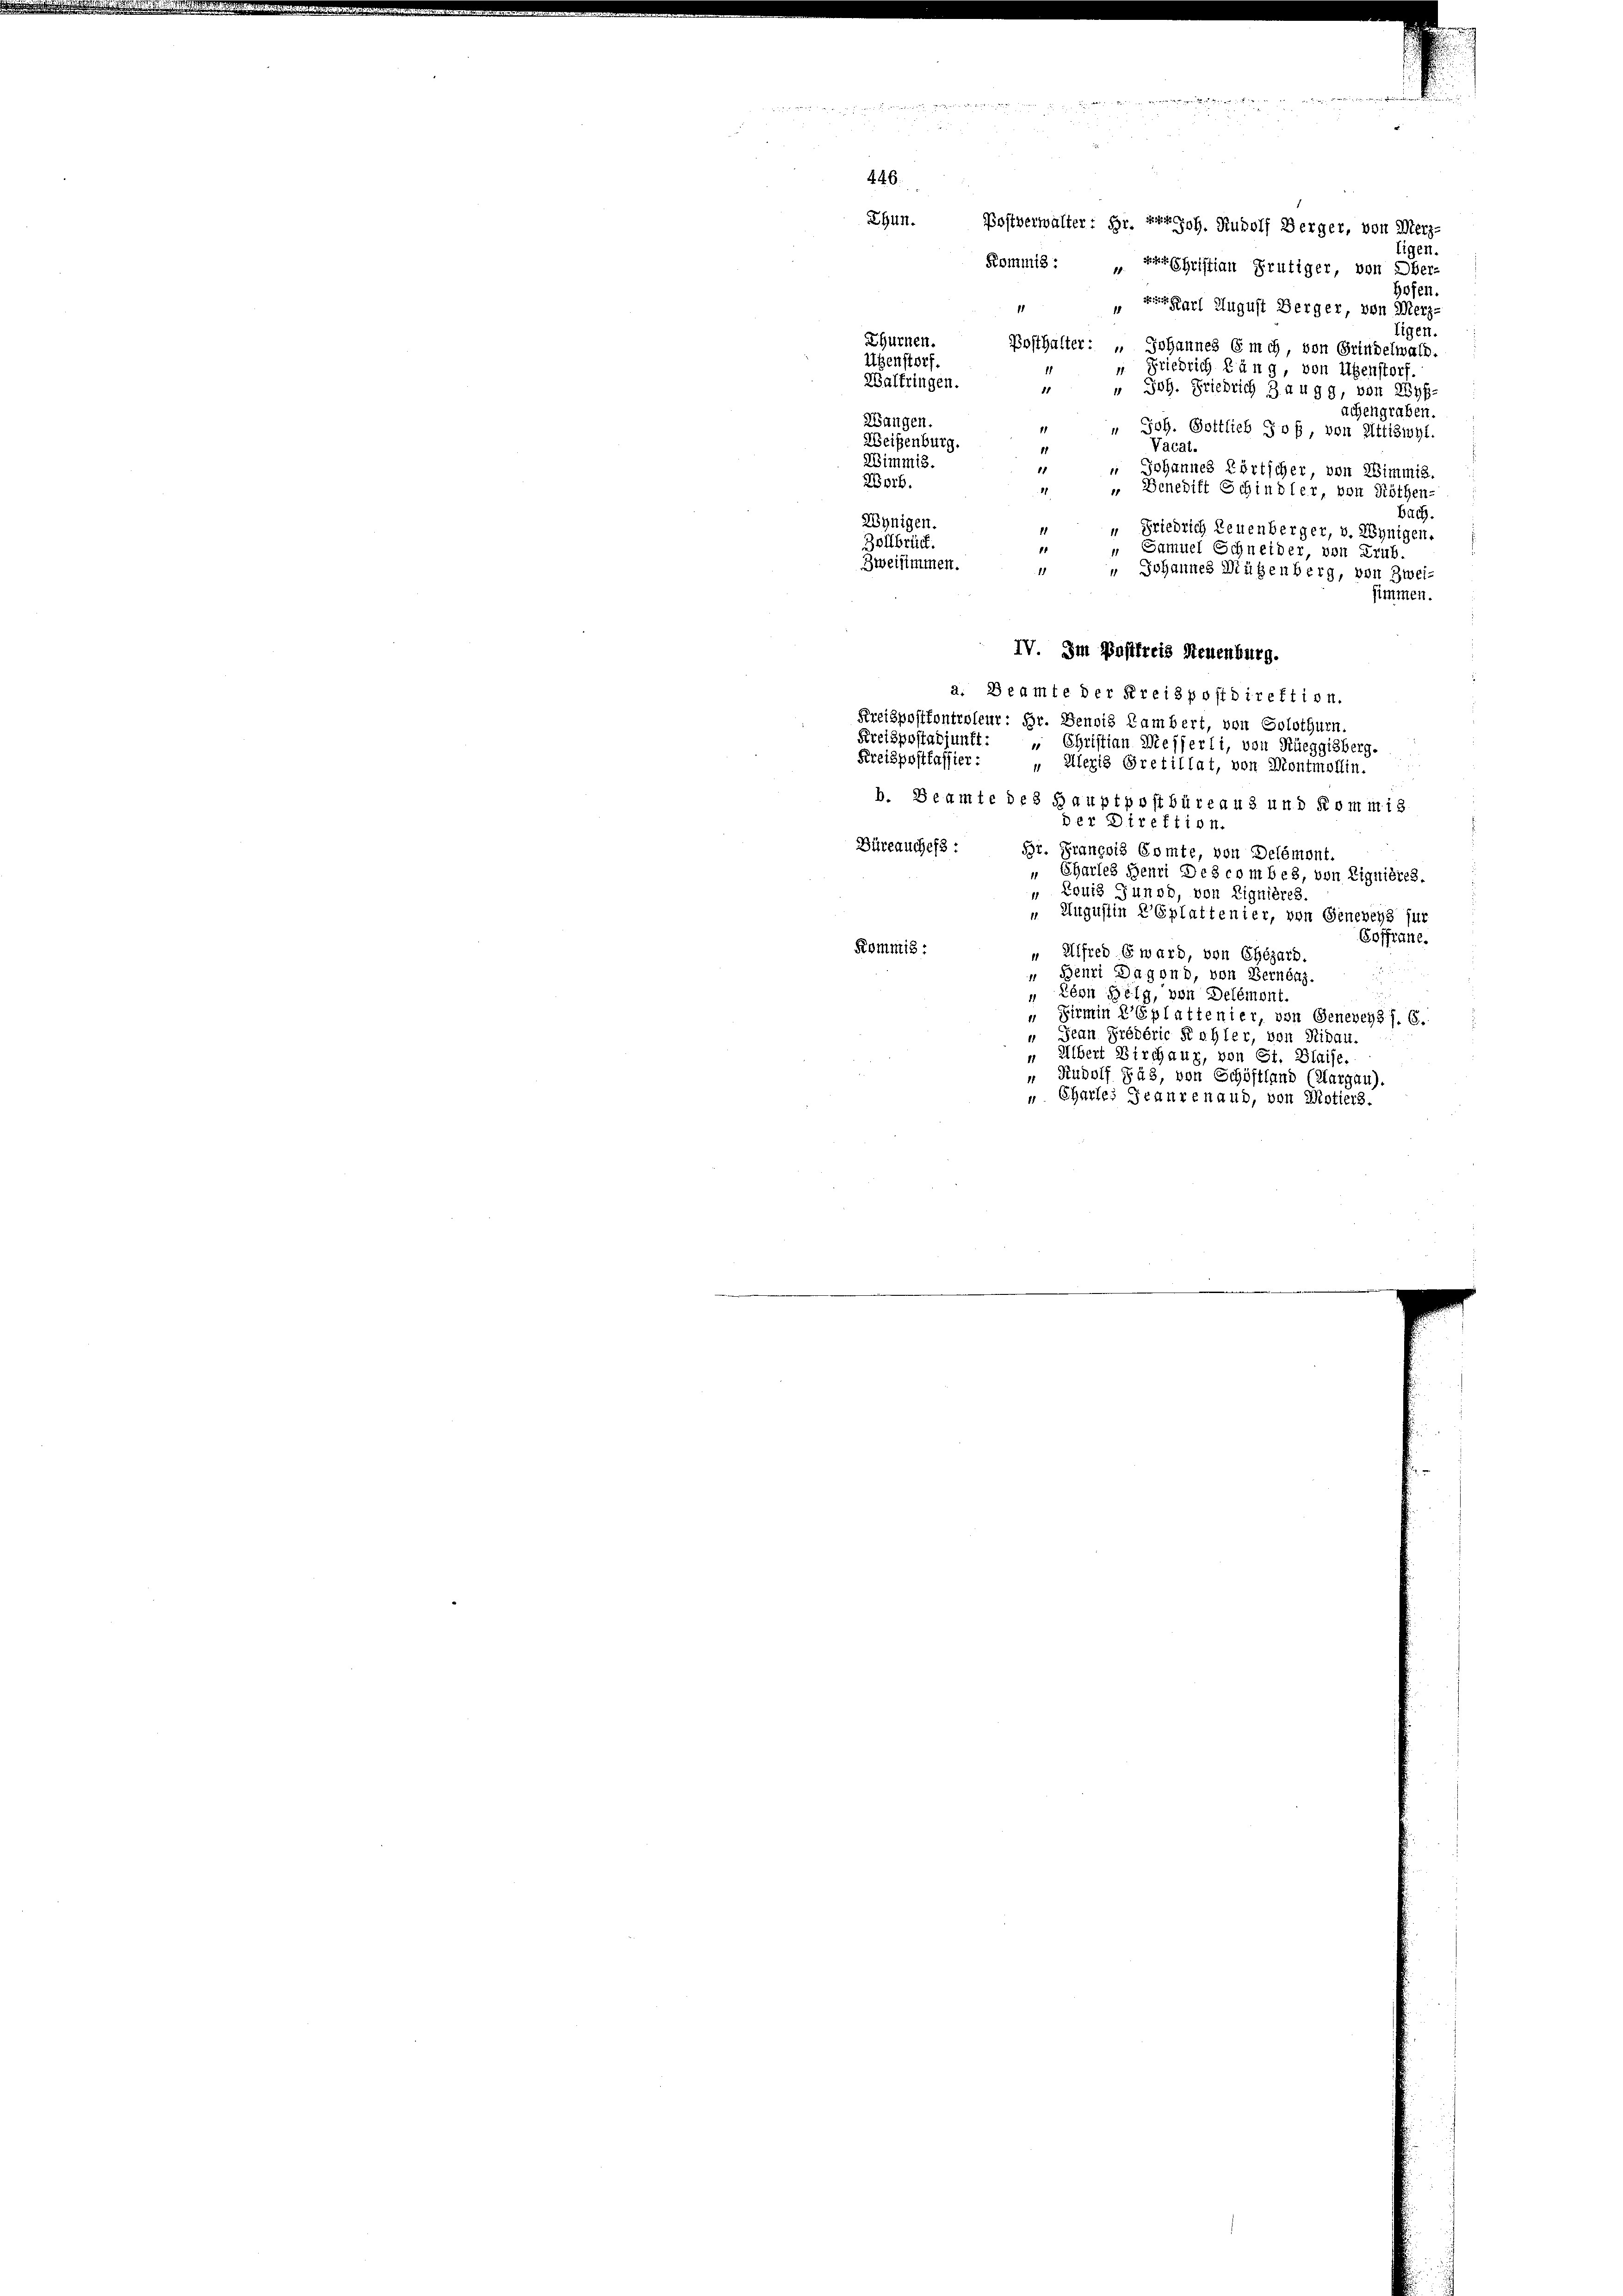
Ehun. Postverwalter: Hr. Progoh. Rudolf Berger, von Merz¬
Eigen.
Kommis: Erschristian Frutiger, von Ober-
hofen.
1
Karl August Berger, von Merz-
tigen.
Ehürnen.
Posthalter: " Johannes 6 mch, von Grindelwald.
Ugenstorf.
“ Friedrich Lang, von Usenstorf.
Waltringen.
 " Joh. Friedrich Zaugg, von Ryf
achengraben.
Wangen.
" " Joh. Gottlieb Joß, von Ettiswyl.
Weisenburg.
Vacat.
11
Wimmis.
11
" Johannes Körtscher, von Wimmig.
Worb.
 Benedift Schindler, von Röthen-
1
bach.
Wynigen.
“ Friedrich Leuenberger, v. Wynigen.
Zollbrück.
f
" Samuel Schneider, von Trub.
Zweisimmen.
1
 Johannes Mützenberg, von Zwei-
simmen.
IV. Im Pastfreis Neuenburg.
a. Beamte der Kreispostdirektion.
Preispostkontroleur: Hr. Denois Lambert, von Solothurn.
Preispostadjunkt: „Christian Messerli, von Rüeggisberg.
Kreispostfassier: „Alleris Grefillat, von Montmollin.
b. Beamte des Hauptpostbüreaus und Kommis
der Direktion.
Büreauches:
Br. Grançois Comte, von Delément.
" Chartes Henri Des combes, von Lignières.
„ Louis Tunod, von Lignières.
 Augustin Esplattenier, von Generenz für
Coffrane.
Kommis:
" Alfred E. ward, von Chégard.
Benri Dagond, von Bernenz.
 Eben Belg, von Delémont.
„ Firmin K’Eplattenier, von Geneveyz). 6.
" Jean Prédéric Kohler, von Nidau.
" Albert Birchaux, von St. Blaise.
 Rudolf Fäs, von Schöstland (Aargau),
" Chartes Jeaurenaud, von Motiers.

446.